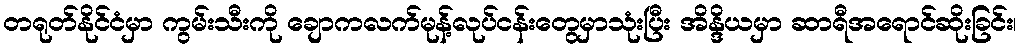
တရုတ်နိုင်ငံမှာ ကွမ်းသီးကို ချောကလက်မုန့်လုပ်ငန်းတွေမှာသုံးပြီး အိန္ဒိယမှာ ဆာရီအရောင်ဆိုးခြင်း၊